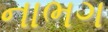
નાભગ